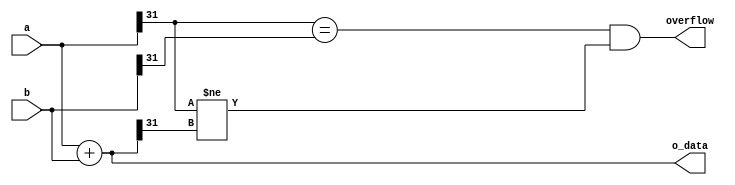
module add1 (
    input [31:0] a,
    input [31:0] b,
    output [31:0] o_data,
    output overflow
);

// this module is to get the addr for PC, in instruction beq and bne
assign o_data=a+b;
assign overflow=(a[31]==b[31]&&a[31]!=o_data[31]);
endmodule //add1